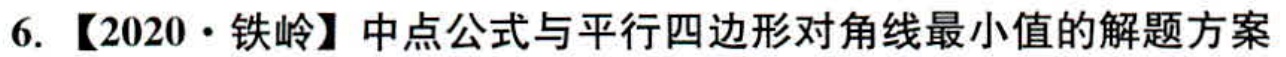
6.【2020·铁岭】中点公式与平行四边形对角线最小值的解题方案